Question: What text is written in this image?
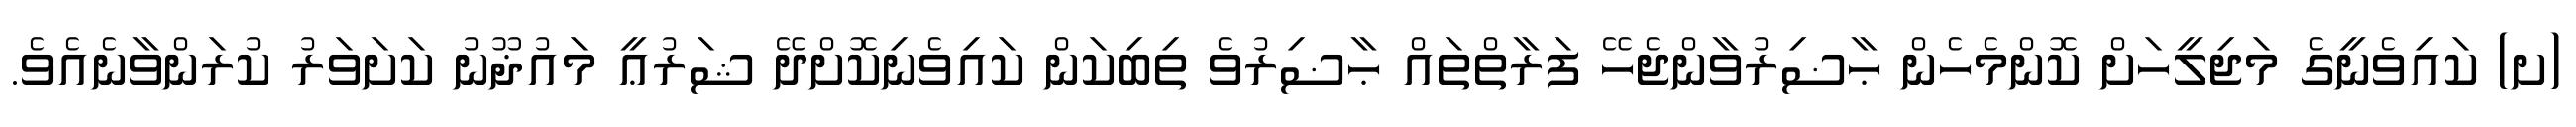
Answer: (ށ) ކައިވެނީގެ މަޖިލީހަށް ކޮންމެހެން ޙާޟިރުވާންޖެހޭ ފަރާތްތައް ޙާޟިރުވެ ތިބިކަން ކައިވެނިކޮށްދޭ ޝަރުޢީ މައުޛޫނު ކަށަވަރު ކުރަންވާނެއެވެ.